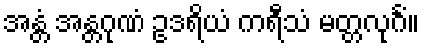
အန္တံ အန္တဂုဏံ ဥဒရိယံ ကရီသံ မတ္တလုင်္ဂံ။